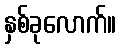
နှစ်ခုလောက်။